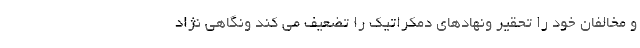
و مخالفان خود را تحقير ونهادهاي دمكراتيك را تضعيف مي كند ونگاهي نژاد